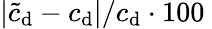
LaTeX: |\tilde{c}_{\mathrm{d}}-c_{\mathrm{d}}|/c_{\mathrm{d}}\cdot 100\